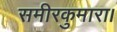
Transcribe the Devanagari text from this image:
समीरकुमारा।